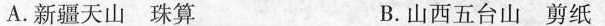
A.新疆天山珠算 B.山西五台山剪纸